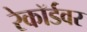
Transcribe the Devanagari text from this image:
रेकॉर्डवर